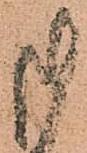
御